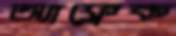
অ্যাফ্লেক